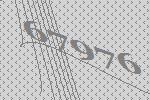
67976